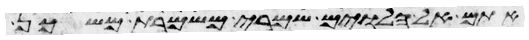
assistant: אתם אל הלוים שמרי משמרת משכן